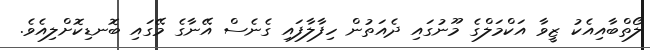
ލޯތްބާއިއެކު ޒީވާ އަކްމަލްގެ މޫނުގައި ދެއަތުން ހިފާލާފައި ގެނެސް އޭނާގެ މޭގައި ބޮނޑިކޮށްލިއެވެ.